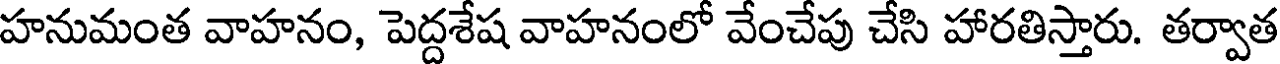
హనుమంత వాహనం, పెద్దశేష వాహనంలో వేంచేపు చేసి హారతిస్తారు. తర్వాత